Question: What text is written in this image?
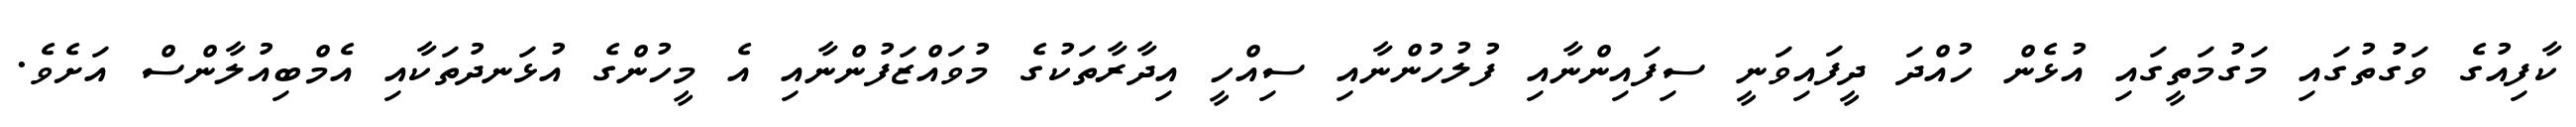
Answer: ކާފިއުގެ ވަގުުތުގައި މަގުމަތީގައި އުޅެން ހުއްދަ ދީފައިވަނީ ސިފައިންނާއި ފުލުހުންނާއި ސިއްހީ އިދާރާތަކުގެ މުވައްޒަފުންނާއި އެ މީހުންގެ އުޅަނދުތަކާއި އެމްބިއުލާންސް އަށެވެ.